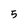
Character: 5